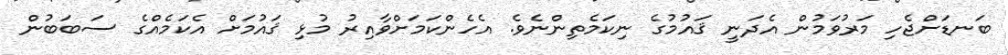
ބަނޑަށްޖެހި މަރުވަމުން އެދަނީ ޤައުމުގެ ނިކަމެތިންނެވެ. އެހެންކަމަށްވާއިރު މުޅި ޤައުމަށް އެކަމެއްގެ ސަބަބުން